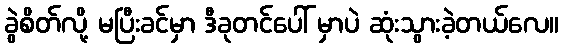
ခွဲစိတ်လို့ မပြီးခင်မှာ ဒီခုတင်ပေါ် မှာပဲ ဆုံးသွားခဲ့တယ်လေ။